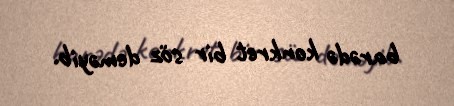
barədə konkret bir söz deməyib.